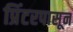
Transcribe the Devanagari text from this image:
प्रिंटरपासून